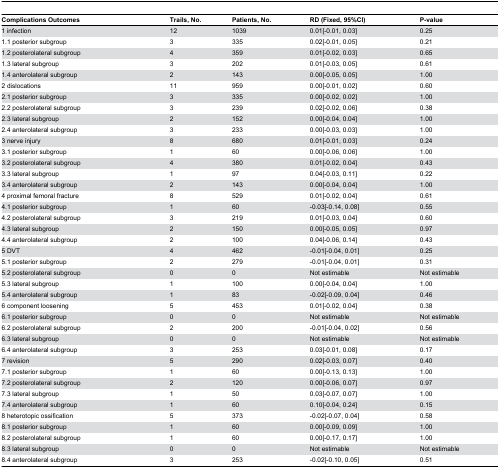
<table><thead><tr><td><b>Complications Outcomes </b></td><td><b>Trails, No.</b></td><td><b>Patients, No.</b></td><td><b>RD (Fixed, 95%CI)</b></td><td><b>P-value</b></td></tr></thead><tbody><tr><td>1 infection</td><td>12</td><td>1039</td><td>0.01[-0.01, 0.03]</td><td>0.25</td></tr><tr><td>1.1 posterior subgroup</td><td>3</td><td>335</td><td>0.02[-0.01, 0.05]</td><td>0.21</td></tr><tr><td>1.2 posterolateral subgroup</td><td>4</td><td>359</td><td>0.01[-0.02, 0.03]</td><td>0.65</td></tr><tr><td>1.3 lateral subgroup</td><td>3</td><td>202</td><td>0.01[-0.03, 0.05]</td><td>0.61</td></tr><tr><td>1.4 anterolateral subgroup</td><td>2</td><td>143</td><td>0.00[-0.05, 0.05]</td><td>1.00</td></tr><tr><td>2 dislocations</td><td>11</td><td>959</td><td>0.00[-0.01, 0.02]</td><td>0.60</td></tr><tr><td>2.1 posterior subgroup</td><td>3</td><td>335</td><td>0.00[-0.02, 0.02]</td><td>1.00</td></tr><tr><td>2.2 posterolateral subgroup</td><td>3</td><td>239</td><td>0.02[-0.02, 0.06]</td><td>0.38</td></tr><tr><td>2.3 lateral subgroup</td><td>2</td><td>152</td><td>0.00[-0.04, 0.04]</td><td>1.00</td></tr><tr><td>2.4 anterolateral subgroup</td><td>3</td><td>233</td><td>0.00[-0.03, 0.03]</td><td>1.00</td></tr><tr><td>3 nerve injury</td><td>8</td><td>680</td><td>0.01[-0.01, 0.03]</td><td>0.24</td></tr><tr><td>3.1 posterior subgroup</td><td>1</td><td>60</td><td>0.00[-0.06, 0.06]</td><td>1.00</td></tr><tr><td>3.2 posterolateral subgroup</td><td>4</td><td>380</td><td>0.01[-0.02, 0.04]</td><td>0.43</td></tr><tr><td>3.3 lateral subgroup</td><td>1</td><td>97</td><td>0.04[-0.03, 0.11]</td><td>0.22</td></tr><tr><td>3.4 anterolateral subgroup</td><td>2</td><td>143</td><td>0.00[-0.04, 0.04]</td><td>1.00</td></tr><tr><td>4 proximal femoral fracture</td><td>8</td><td>529</td><td>0.01[-0.02, 0.04]</td><td>0.61</td></tr><tr><td>4.1 posterior subgroup</td><td>1</td><td>60</td><td>-0.03[-0.14, 0.08]</td><td>0.55</td></tr><tr><td>4.2 posterolateral subgroup</td><td>3</td><td>219</td><td>0.01[-0.03, 0.04]</td><td>0.60</td></tr><tr><td>4.3 lateral subgroup</td><td>2</td><td>150</td><td>0.00[-0.05, 0.05]</td><td>0.97</td></tr><tr><td>4.4 anterolateral subgroup</td><td>2</td><td>100</td><td>0.04[-0.06, 0.14]</td><td>0.43</td></tr><tr><td>5 DVT</td><td>4</td><td>462</td><td>-0.01[-0.04, 0.01]</td><td>0.25</td></tr><tr><td>5.1 posterior subgroup</td><td>2</td><td>279</td><td>-0.01[-0.04, 0.01]</td><td>0.31</td></tr><tr><td>5.2 posterolateral subgroup</td><td>0</td><td>0</td><td>Not estimable</td><td>Not estimable</td></tr><tr><td>5.3 lateral subgroup</td><td>1</td><td>100</td><td>0.00[-0.04, 0.04]</td><td>1.00</td></tr><tr><td>5.4 anterolateral subgroup</td><td>1</td><td>83</td><td>-0.02[-0.09, 0.04]</td><td>0.46</td></tr><tr><td>6 component loosening </td><td>5</td><td>453</td><td>0.01[-0.02, 0.04]</td><td>0.38</td></tr><tr><td>6.1 posterior subgroup</td><td>0</td><td>0</td><td>Not estimable</td><td>Not estimable</td></tr><tr><td>6.2 posterolateral subgroup</td><td>2</td><td>200</td><td>-0.01[-0.04, 0.02]</td><td>0.56</td></tr><tr><td>6.3 lateral subgroup</td><td>0</td><td>0</td><td>Not estimable</td><td>Not estimable</td></tr><tr><td>6.4 anterolateral subgroup</td><td>3</td><td>253</td><td>0.03[-0.01, 0.08]</td><td>0.17</td></tr><tr><td>7 revision</td><td>5</td><td>290</td><td>0.02[-0.03, 0.07]</td><td>0.40</td></tr><tr><td>7.1 posterior subgroup</td><td>1</td><td>60</td><td>0.00[-0.13, 0.13]</td><td>1.00</td></tr><tr><td>7.2 posterolateral subgroup</td><td>2</td><td>120</td><td>0.00[-0.06, 0.07]</td><td>0.97</td></tr><tr><td>7.3 lateral subgroup</td><td>1</td><td>50</td><td>0.03[-0.07, 0.07]</td><td>1.00</td></tr><tr><td>7.4 anterolateral subgroup</td><td>1</td><td>60</td><td>0.10[-0.04, 0.24]</td><td>0.15</td></tr><tr><td>8 heterotopic ossification</td><td>5</td><td>373</td><td>-0.02[-0.07, 0.04]</td><td>0.58</td></tr><tr><td>8.1 posterior subgroup</td><td>1</td><td>60</td><td>0.00[-0.09, 0.09]</td><td>1.00</td></tr><tr><td>8.2 posterolateral subgroup</td><td>1</td><td>60</td><td>0.00[-0.17, 0.17]</td><td>1.00</td></tr><tr><td>8.3 lateral subgroup</td><td>0</td><td>0</td><td>Not estimable</td><td>Not estimable</td></tr><tr><td>8.4 anterolateral subgroup</td><td>3</td><td>253</td><td>-0.02[-0.10, 0.05]</td><td>0.51</td></tr></tbody></table>